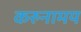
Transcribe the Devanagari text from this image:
करुनामय